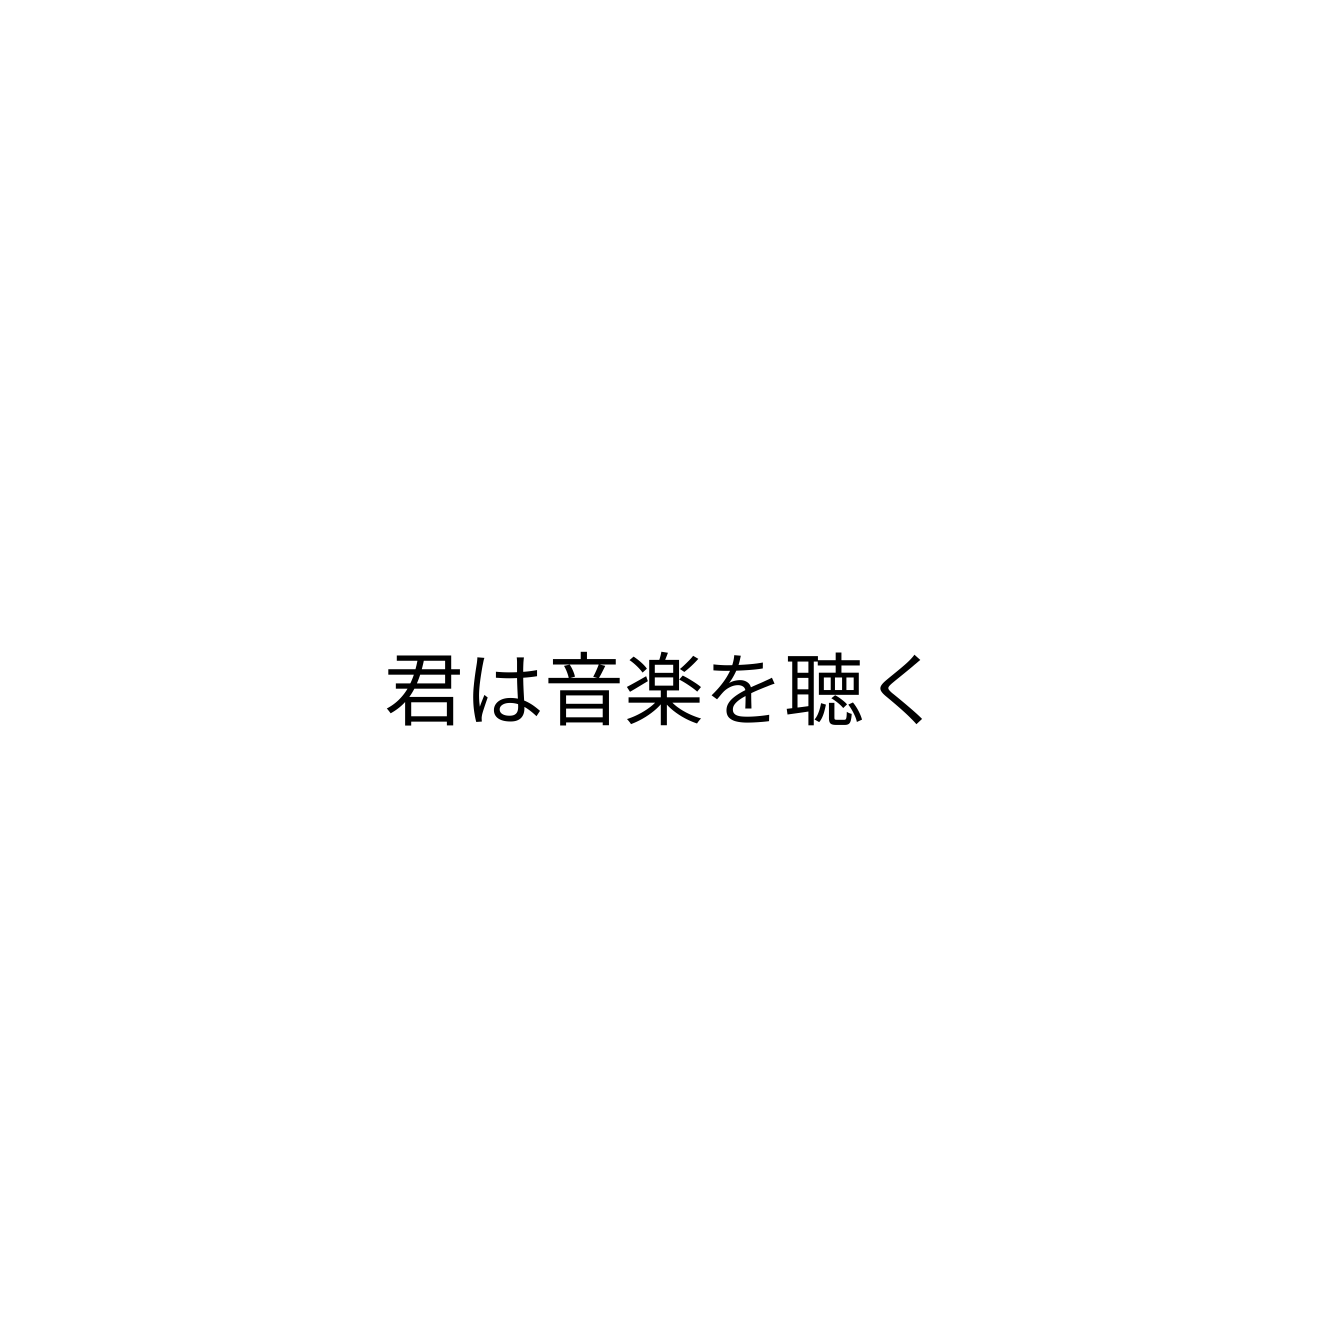
君は音楽を聴く